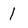
Character: 1